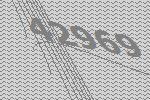
42969